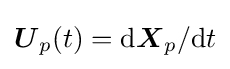
{\boldsymbol {U}}_{p}(t)={\text{d}}{\boldsymbol {X}}_{p}/{\text{d}}t